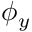
\phi _ { y }